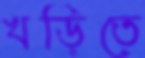
খড়িতে